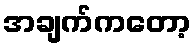
အချက်ကတော့